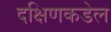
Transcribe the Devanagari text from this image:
दक्षिणकडेल